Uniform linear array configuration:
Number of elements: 12
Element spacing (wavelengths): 0.25
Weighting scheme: exponential
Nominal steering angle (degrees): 30
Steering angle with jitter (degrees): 29.472
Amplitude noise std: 0.05
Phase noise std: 0.05

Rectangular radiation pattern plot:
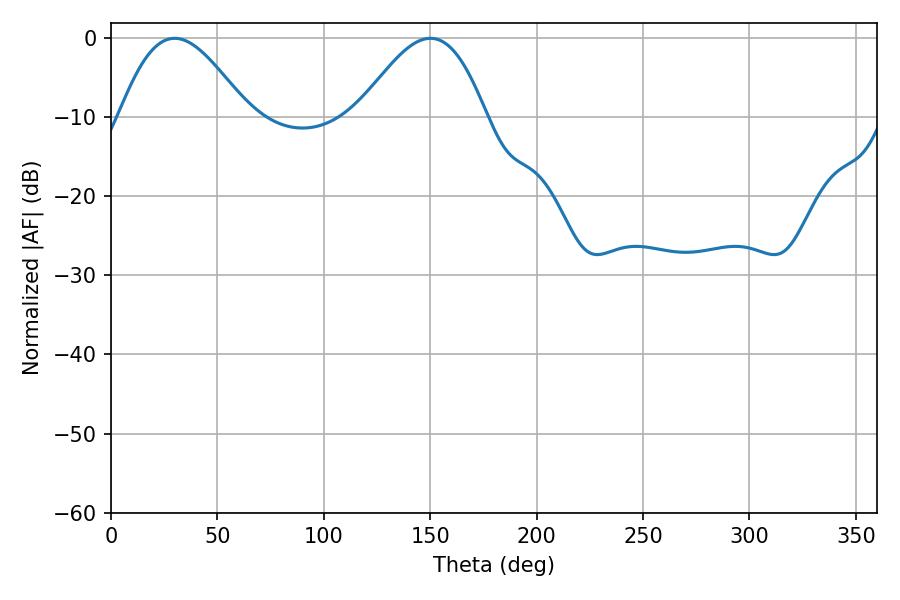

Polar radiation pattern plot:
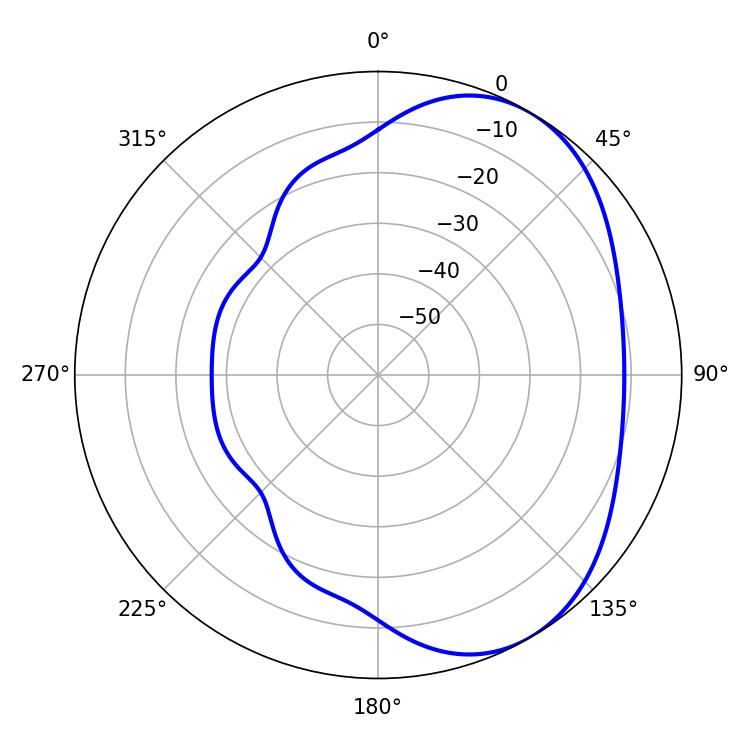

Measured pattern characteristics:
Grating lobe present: FALSE
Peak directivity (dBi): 4.554
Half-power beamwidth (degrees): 32.4
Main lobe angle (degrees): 29.88